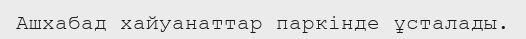
Ашхабад хайуанаттар паркінде ұсталады.